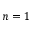
n = 1